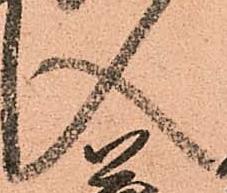
入